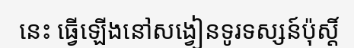
នេះ ធ្វើឡើងនៅសង្វៀនទូរទស្សន៍ប៉ុស្តិ៍